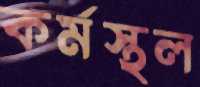
কর্মস্থল